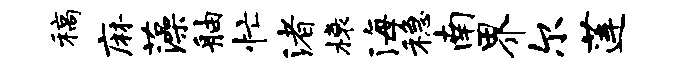
稿麻藻舳忙渚榱海稳南界尔莲